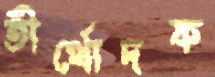
তীর্থোদক